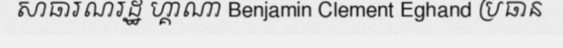
សាធារណរដ្ឋ ហ្គាណា Benjamin Clement Eghand ប្រធាន